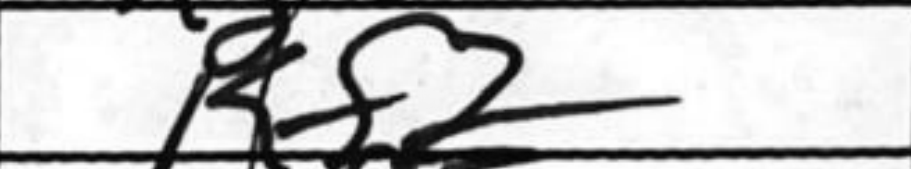
Transcription: Kf2